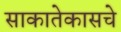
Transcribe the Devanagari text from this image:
साकातेकासचे